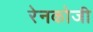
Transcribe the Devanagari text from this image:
रेनकोजी